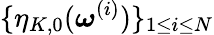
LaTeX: \{ \eta_{K,0}(\boldsymbol\omega^{(i)})\} _{1\leq i\leq N}